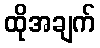
ထိုအချက်